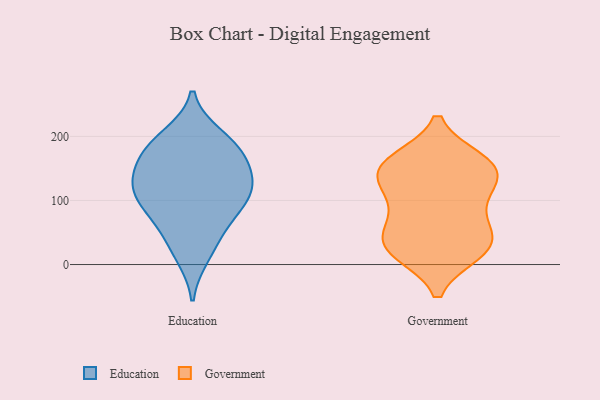
{"axis": {"x": "Churn Rate (%)", "y": "Value"}, "legend": ["Education", "Government"], "data": [{"x": "", "y": 82, "type": "Education"}, {"x": "", "y": 121, "type": "Education"}, {"x": "", "y": 38, "type": "Education"}, {"x": "", "y": 72, "type": "Education"}, {"x": "", "y": 113, "type": "Education"}, {"x": "", "y": 151, "type": "Education"}, {"x": "", "y": 136, "type": "Education"}, {"x": "", "y": 100, "type": "Education"}, {"x": "", "y": 123, "type": "Education"}, {"x": "", "y": 200, "type": "Education"}, {"x": "", "y": 173, "type": "Education"}, {"x": "", "y": 14, "type": "Education"}, {"x": "", "y": 182, "type": "Education"}, {"x": "", "y": 186, "type": "Education"}, {"x": "", "y": 153, "type": "Government"}, {"x": "", "y": 68, "type": "Government"}, {"x": "", "y": 121, "type": "Government"}, {"x": "", "y": 19, "type": "Government"}, {"x": "", "y": 21, "type": "Government"}, {"x": "", "y": 25, "type": "Government"}, {"x": "", "y": 162, "type": "Government"}, {"x": "", "y": 156, "type": "Government"}, {"x": "", "y": 108, "type": "Government"}, {"x": "", "y": 152, "type": "Government"}, {"x": "", "y": 43, "type": "Government"}, {"x": "", "y": 115, "type": "Government"}, {"x": "", "y": 28, "type": "Government"}, {"x": "", "y": 153, "type": "Government"}, {"x": "", "y": 61, "type": "Government"}]}